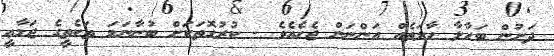
ދަށުން ބަހާލާ ޙާލަތެއް އަންނަން ޖެހެއެވެ - ކުރުގޮތަކަށް ބުނާނަމަ ތަކެތީގެ ޖަމާޢީ